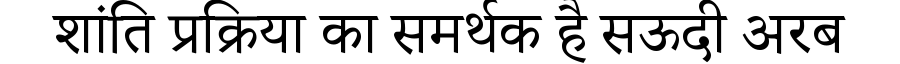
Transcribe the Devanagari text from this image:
शांति प्रक्रिया का समर्थक है सऊदी अरब